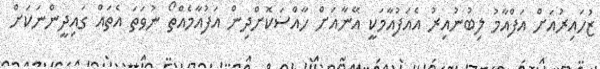
ޒުހައިރުއަށް އަފްއާމު ލިބުނުއިރު އެއަފުއާމަކީ އޭނާއަށް ހާއްސަކޮށްދިން އަފުއާމެއްތޯ ނުވަތަ އެތައް ގައިދީންނަކަށް